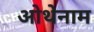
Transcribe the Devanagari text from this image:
ओथेनाम